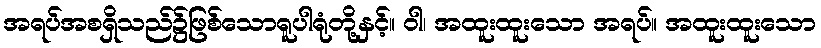
အရပ်အစရှိသည်၌ဖြစ်သောရူပါရုံတို့နှင့်။ ဝါ၊ အထူးထူးသော အရပ်။ အထူးထူးသော